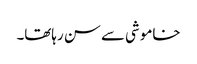
خاموشی سے سن رہاتھا۔